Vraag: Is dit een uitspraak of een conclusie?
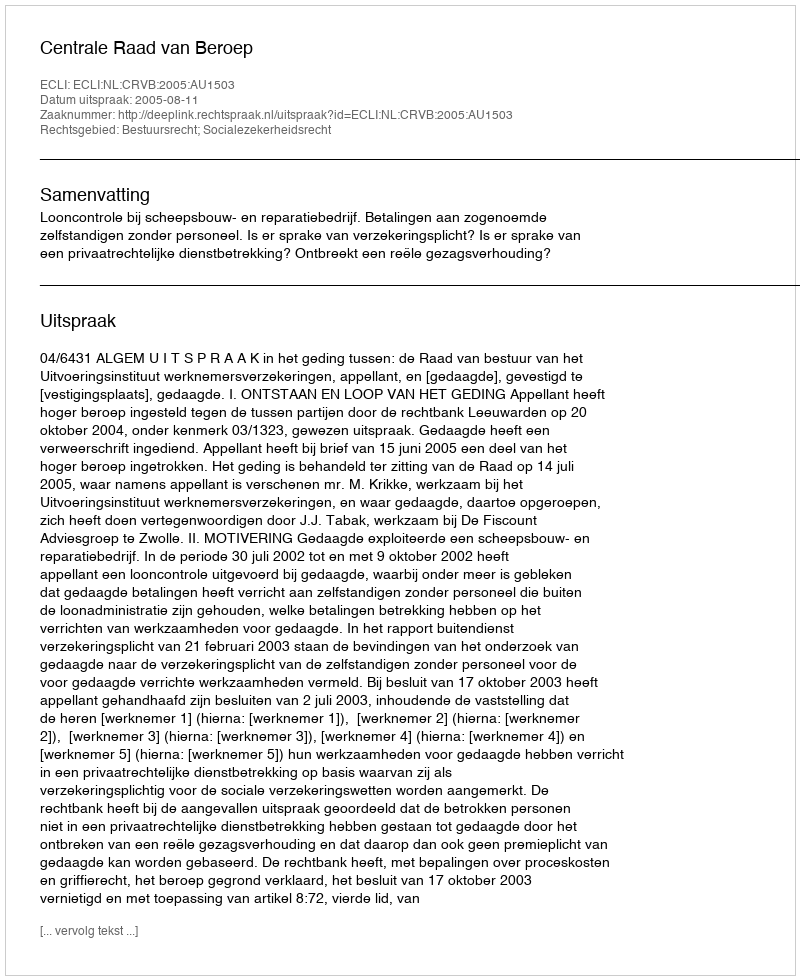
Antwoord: Uitspraak